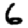
Digit: 6